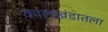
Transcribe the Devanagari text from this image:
कालखंडातला